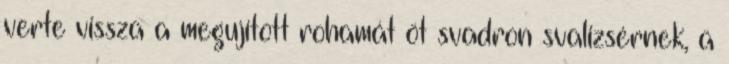
verte vissza a megujított rohamát öt svadron svalizsérnek, a